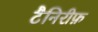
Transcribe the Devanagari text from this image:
टैनिरीफ़